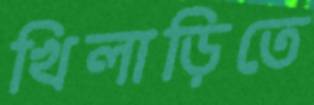
খিলাড়িতে